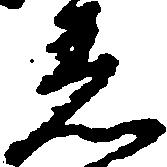
着